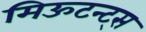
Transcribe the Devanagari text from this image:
मिऊटन्ट्स